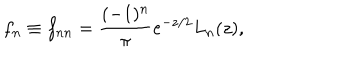
LaTeX: f _ { n } \equiv f _ { n n } = \frac { ( - 1 ) ^ { n } } { \pi } e ^ { - z / 2 } L _ { n } ( z ) ,